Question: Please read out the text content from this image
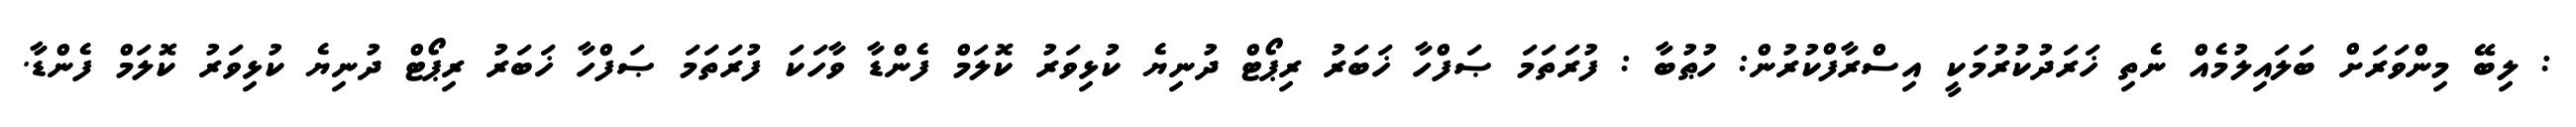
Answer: : ލިބޭ މިންވަރަށް ބަލައިލުމެއް ނެތި ޚަރަދުކުރުމަކީ އިސްރާފްކުރުން: ހުޠުބާ : ފުރަތަމަ ޞަފްހާ ޚަބަރު ރިޕޯޓް ދުނިޔެ ކުޅިވަރު ކޮލަމް ފެންޑާ ވާހަކަ ފުރަތަމަ ޞަފްހާ ޚަބަރު ރިޕޯޓް ދުނިޔެ ކުޅިވަރު ކޮލަމް ފެންޑާ.